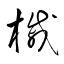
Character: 槭